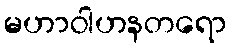
မဟာဝါဟနတရော